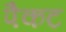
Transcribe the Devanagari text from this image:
पैकट